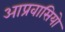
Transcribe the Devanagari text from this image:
आप्रवासियो